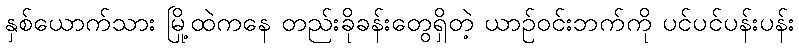
နှစ်ယောက်သား မြို့ထဲကနေ တည်းခိုခန်းတွေရှိတဲ့ ယာဉ်ဝင်းဘက်ကို ပင်ပင်ပန်းပန်း